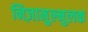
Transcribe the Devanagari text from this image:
निज़ामुल्मुलक